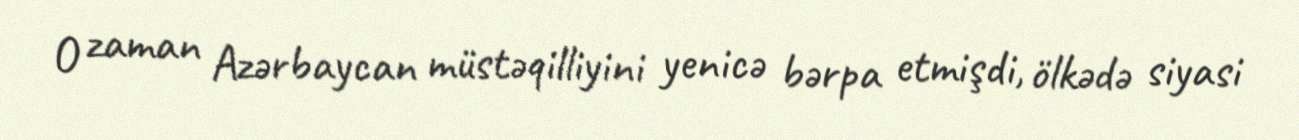
O zaman Azərbaycan müstəqilliyini yenicə bərpa etmişdi, ölkədə siyasi